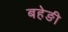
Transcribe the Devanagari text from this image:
बहेङी